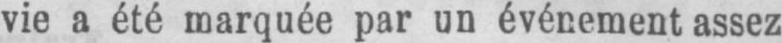
vie a été marquée par un événement assez